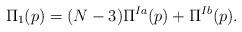
LaTeX: \begin{align*}\Pi_1(p) = (N-3)\Pi^{Ia}(p) + \Pi^{Ib}(p).\end{align*}